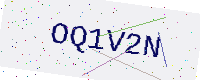
Text: OQ1V2N